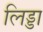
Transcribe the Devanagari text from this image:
लिड्डा